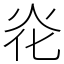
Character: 炛